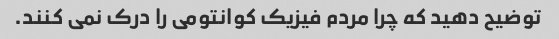
توضیح دهید که چرا مردم فیزیک کوانتومی را درک نمی کنند.